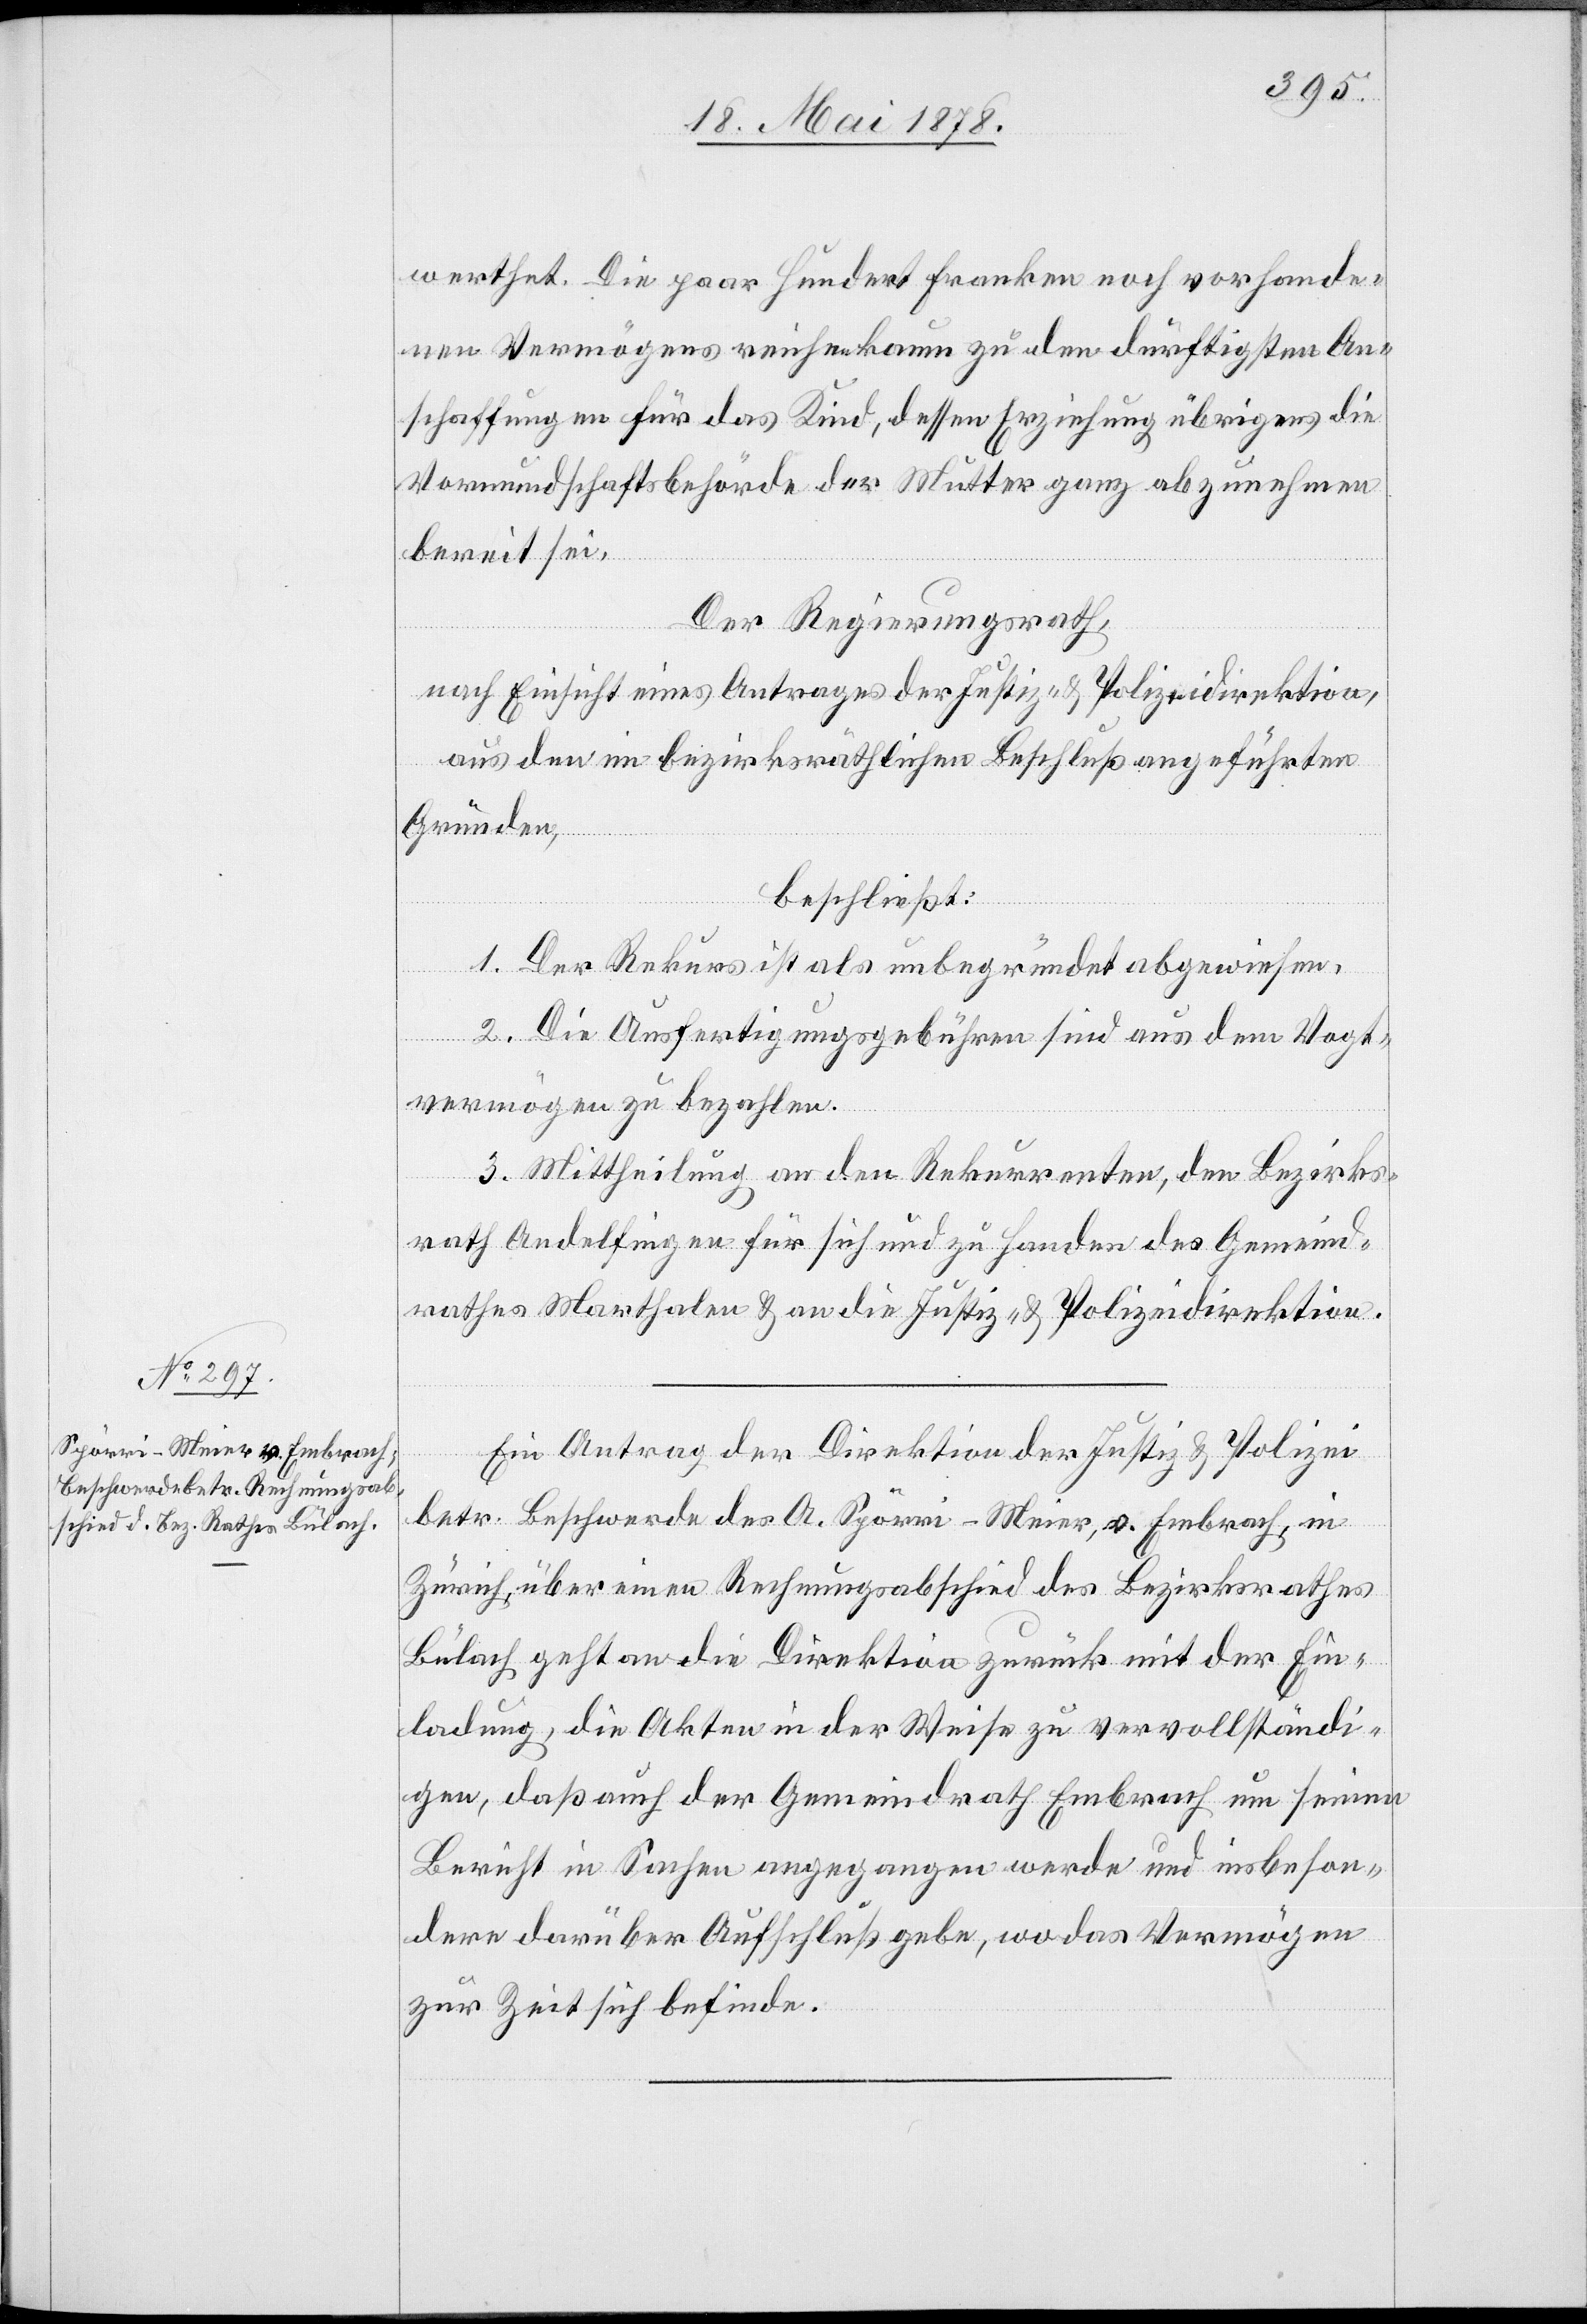
werthet. Die paar Hundert Franken noch vorhande¬
nen Vermögens reichen kaum zu den dürftigsten An¬
schaffungen für das Kind, dessen Erziehung übrigens die
Vormundschaftsbehörde der Mutter ganz abzunehmen
bereit sei.
Der Regierungsrath,
nach Einsicht eines Antrages der Justiz- & Polizeidirektion,
aus den im bezirksräthlichen Beschluß angeführten
Gründen,
beschließt:
1. Der Rekurs ist als unbegründet abgewiesen.
2. Die Ausfertigungsgebühren sind aus dem Vogt¬
vermögen zu bezahlen.
3. Mittheilung an den Rekurrenten, den Bezirks¬
rath Andelfingen für sich und zu Handen des Gemeind¬
rathes Marthalen & an die Justiz- & Polizeidirektion.
Ein Antrag der Direktion der Justiz & Polizei
betr. Beschwerde des A. Spörri-Meier, v. Embrach, in
Zürich, über einen Rechnungsabschied des Bezirksrathes
Bülach geht an die Direktion zurück mit der Ein¬
ladung, die Akten in der Weise zu vervollständi¬
gen, daß auch der Gemeindrath Embrach um seinen
Bericht in Sachen angegangen werde und insbeson¬
dere darüber Aufschluß gebe, wo das Vermögen
zur Zeit sich befinde.